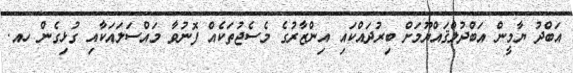
އަބްދު ޔާމީން އަބްދުލްޤައްޔޫމަށް ބިރުދައްކައި އިންޒާރުގެ މެސެޖުތަކެއް ފޮނުވާ މައްސަލައަކާއި ގުޅިގެން ހއ.